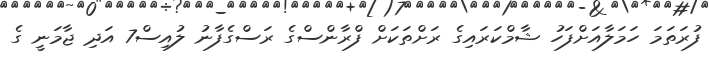
ފުރަތަމަ ހަމަލާއަށްފަހު ޝާމްކަރައިގެ ރަށްތަކަށް ފްރާންސްގެ ރަސްގެފާނު ލުއިސް7 އަދި ޖާމަނީ ގެ